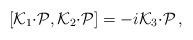
LaTeX: \begin{align*}[{\cal K}_{1}{\cdot{\cal P}},{\cal K}_{2}{\cdot{\cal P}}]=-i{\cal K}_{3}{\cdot{\cal P}}\,,\end{align*}